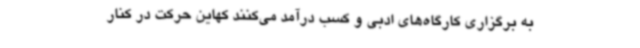
به برگزاری کارگاه‌های ادبی و کسب درآمد می‌کنند کهاین حرکت در کنار